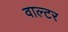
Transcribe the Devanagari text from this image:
वाल्‍टर